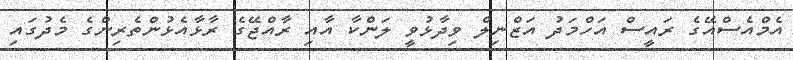
އެމްއެސްއޭގެ ރައީސް އަހްމަދު އަޒްނިލް ވިދާޅުވީ ލަންކާ އާއި ރާއްޖޭގެ ރާޅާއެޅުންތެރިންގެ މެދުގައި